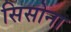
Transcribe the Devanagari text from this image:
सिसोना